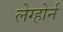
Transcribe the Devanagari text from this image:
लेग्होर्न